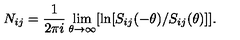
N _ { i j } = \frac { 1 } { 2 \pi i } \lim _ { \theta \rightarrow \infty } [ \ln [ S _ { i j } ( - \theta ) / S _ { i j } ( \theta ) ] ] .